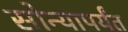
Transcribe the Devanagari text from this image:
सोन्यापर्यंत